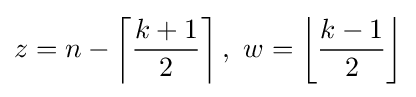
z=n-\left\lceil \displaystyle {\frac {k+1}{2}}\right\rceil ,\ w=\left\lfloor \displaystyle {\frac {k-1}{2}}\right\rfloor